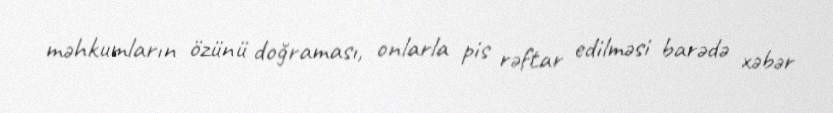
məhkumların özünü doğraması, onlarla pis rəftar edilməsi barədə xəbər